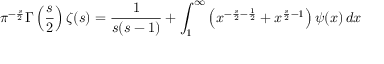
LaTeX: \pi ^ { - { \frac { s } { 2 } } } \Gamma \left( { \frac { s } { 2 } } \right) \zeta ( s ) = { \frac { 1 } { s ( { s - 1 } ) } } + \int _ { 1 } ^ { \infty } \left( { x ^ { - { \frac { s } { 2 } } - { \frac { 1 } { 2 } } } + x ^ { { \frac { s } { 2 } } - 1 } } \right) \psi ( x ) \, d x